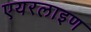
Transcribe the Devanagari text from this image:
एयरलाइण